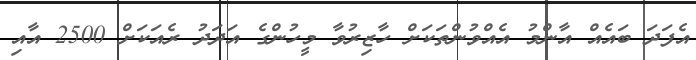
އެފަދަ ބައެއް އާންމު އެއްވުންތަކަށް ހާޒިރުވާ މީހުންގެ އަދަދު ރެއަކަށް 2500 އާއި